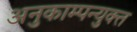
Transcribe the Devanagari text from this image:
अनुकाम्पन्युक्त